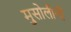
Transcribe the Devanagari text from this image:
मुसोलीनी